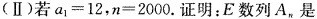
(Ⅱ)若$$a_{1}=12$$，$$n=2000$$.证明：E数列A_{n}是